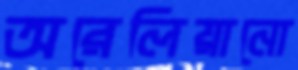
অরেলিয়ানো